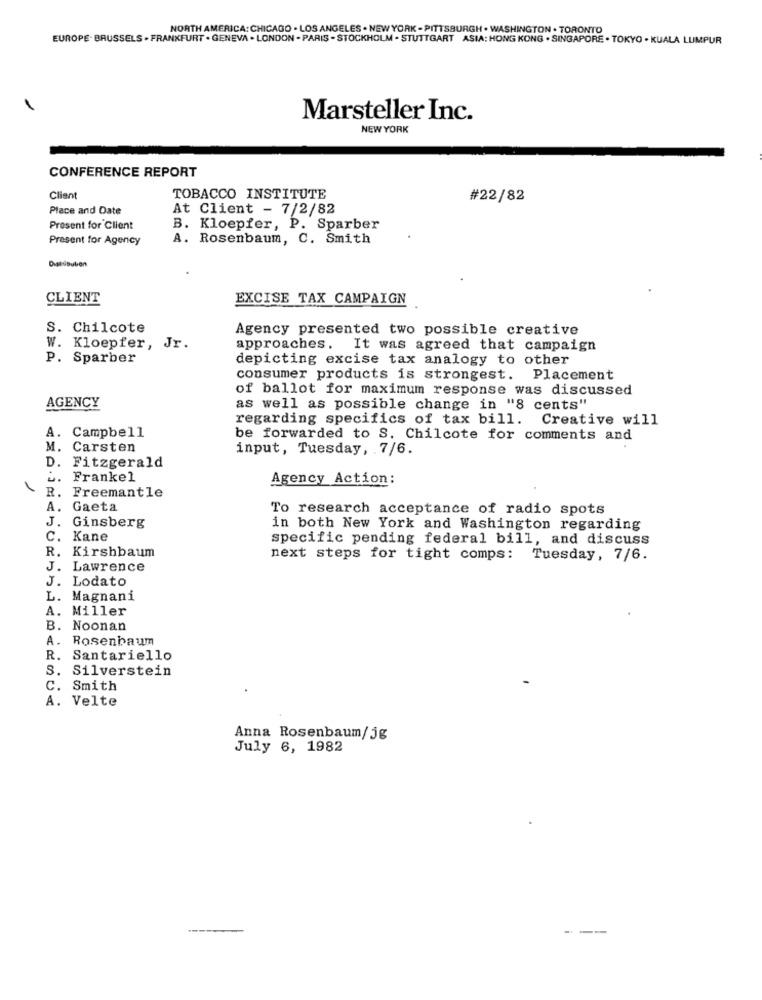
NORTH AMERICA: CHICAGO . LOS ANGELES . NEW YORK - PITTSBURGH . WASHINGTON . TORONTO
EUROPE. BRUSSELS . FRANKFURT . GENEVA . LONDON - PARIS - STOCKHOLM . STUTTGART ASIA: HONG KONG . SINGAPORE . TOKYO . KUALA LUMPUR
Marsteller Inc.
NEW YORK
CONFERENCE REPORT
Client
TOBACCO INSTITUTE
#22/82
Place and Date
At Client - 7/2/82
Present for Client
B. Kloepfer, P. Sparber
Present for Agency
A. Rosenbaum, C. Smith
CLIENT
EXCISE TAX CAMPAIGN
S. Chilcote
Agency presented two possible creative
W. Kloepfer, Jr.
approaches. It was agreed that campaign
P. Sparber
depicting excise tax analogy to other
consumer products is strongest. Placement
of ballot for maximum response was discussed
AGENCY
as well as possible change in "8 cents"
regarding specifics of tax bill. Creative will
Campbell
be forwarded to S. Chilcote for comments and
M.
Carsten
input, Tuesday, 7/6.
D.
Fitzgerald
Frankel
Agency Action:
R. Freemantle
A. Gaeta
To research acceptance of radio spots
J. Ginsberg
in both New York and Washington regarding
c. Kane
specific pending federal bill, and discuss
R. Kirshbaum
next steps for tight comps: Tuesday, 7/6.
J. Lawrence
J. Lodato
L. Magnani
A. Miller
B. Noonan
A. Rosenbaum
R. Santariello
S. Silverstein
C. Smith
A. Velte
Anna Rosenbaum/jg
July 6, 1982
--